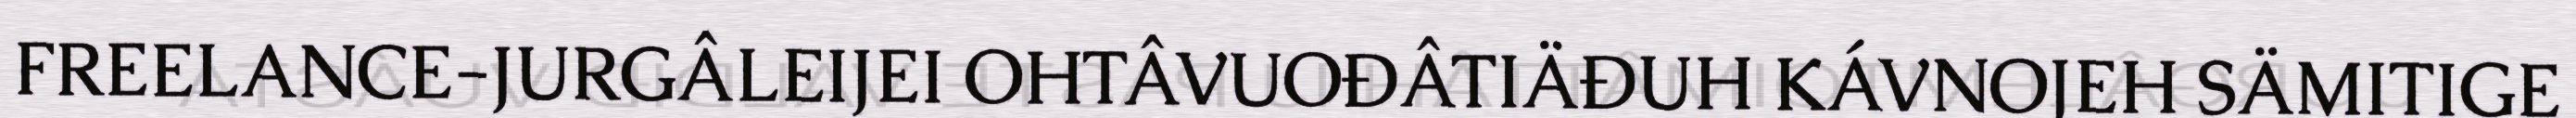
FREELANCE-JURGÂLEIJEI OHTÂVUOĐÂTIÄĐUH KÁVNOJEH SÄMITIGE